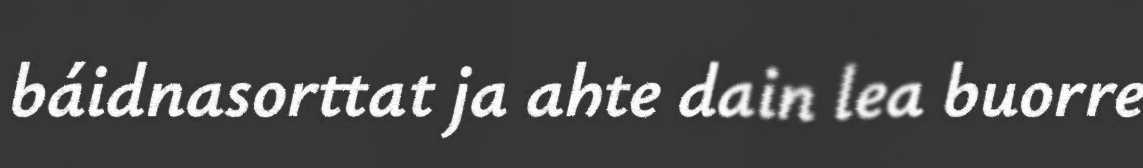
báidnasorttat ja ahte dain lea buorre